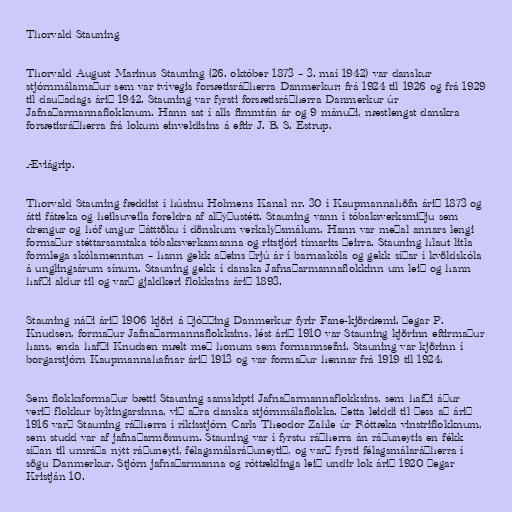
Thorvald Stauning

Thorvald August Marinus Stauning (26. október 1873 – 3. maí 1942) var danskur
stjórnmálamaður sem var tvívegis forsætisráðherra Danmerkur; frá 1924 til 1926 og frá 1929
til dauðadags árið 1942. Stauning var fyrsti forsætisráðherra Danmerkur úr
Jafnaðarmannaflokknum. Hann sat í alls fimmtán ár og 9 mánuði, næstlengst danskra
forsætisráðherra frá lokum einveldisins á eftir J. B. S. Estrup.

Æviágrip.

Thorvald Stauning fæddist í húsinu Holmens Kanal nr. 30 í Kaupmannahöfn árið 1873 og
átti fátæka og heilsuveila foreldra af alþýðustétt. Stauning vann í tóbaksverksmiðju sem
drengur og hóf ungur þátttöku í dönskum verkalýðsmálum. Hann var meðal annars lengi
formaður stéttarsamtaka tóbaksverkamanna og ritstjóri tímarits þeirra. Stauning hlaut litla
formlega skólamenntun – hann gekk aðeins þrjú ár í barnaskóla og gekk síðar í kvöldskóla
á unglingsárum sínum. Stauning gekk í danska Jafnaðarmannaflokkinn um leið og hann
hafði aldur til og varð gjaldkeri flokksins árið 1893.

Stauning náði árið 1906 kjöri á þjóðþing Danmerkur fyrir Fane-kjördæmi. Þegar P.
Knudsen, formaður Jafnaðarmannaflokksins, lést árið 1910 var Stauning kjörinn eftirmaður
hans, enda hafði Knudsen mælt með honum sem formannsefni. Stauning var kjörinn í
borgarstjórn Kaupmannahafnar árið 1913 og var formaður hennar frá 1919 til 1924.

Sem flokksformaður bætti Stauning samskipti Jafnaðarmannaflokksins, sem hafði áður
verið flokkur byltingarsinna, við aðra danska stjórnmálaflokka. Þetta leiddi til þess að árið
1916 varð Stauning ráðherra í ríkisstjórn Carls Theodor Zahle úr Róttæka vinstriflokknum,
sem studd var af jafnaðarmönnum. Stauning var í fyrstu ráðherra án ráðuneytis en fékk
síðan til umráða nýtt ráðuneyti, félagsmálaráðuneytið, og varð fyrsti félagsmálaráðherra í
sögu Danmerkur. Stjórn jafnaðarmanna og róttæklinga leið undir lok árið 1920 þegar
Kristján 10.